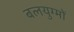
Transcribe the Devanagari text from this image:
बलयुग्मों